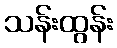
သန်းထွန်း